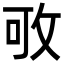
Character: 𢼔